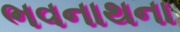
ભવનાથના